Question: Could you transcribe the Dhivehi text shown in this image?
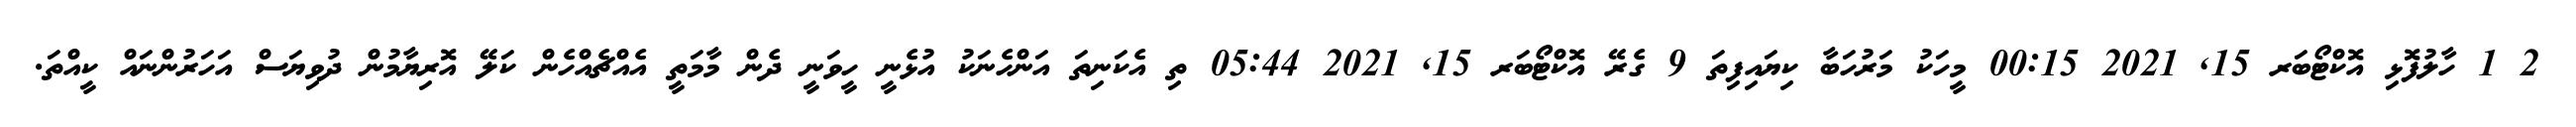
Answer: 2 1 ހާލުފޮޅި އޮކްޓޯބަރ 15, 2021 00:15 މީހަކު މަރުހަބާ ކިޔައިފިތަ 9 ގެރޭ އޮކްޓޯބަރ 15, 2021 05:44 ތި އެކަނިތަ އަންހެނަކު އުޅެނީ ހީވަނީ ދެން މާމަތީ އެއްޗެއްހެން ކަލޭ އޮރިޔާމުން ދުވިޔަސް އަހަރުންނައް ކީއްތަ.